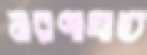
মরণাঘাত